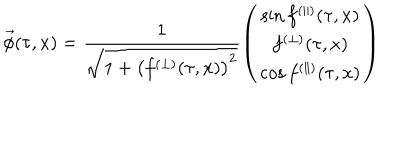
LaTeX: \vec { \phi } ( \tau , x ) = \frac { 1 } { \sqrt { 1 + \left( f ^ { ( \perp ) } ( \tau , x ) \right) ^ { 2 } } } \left( \begin{array} { c } { { \sin f ^ { ( \parallel ) } ( \tau , x ) } } \\ { { f ^ { ( \perp ) } ( \tau , x ) } } \\ { { \cos f ^ { ( \parallel ) } ( \tau , x ) } } \\ \end{array} \right)